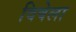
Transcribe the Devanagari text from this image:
विषेला